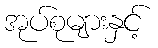
အုပ်စုများနှင့်